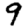
Digit: 9